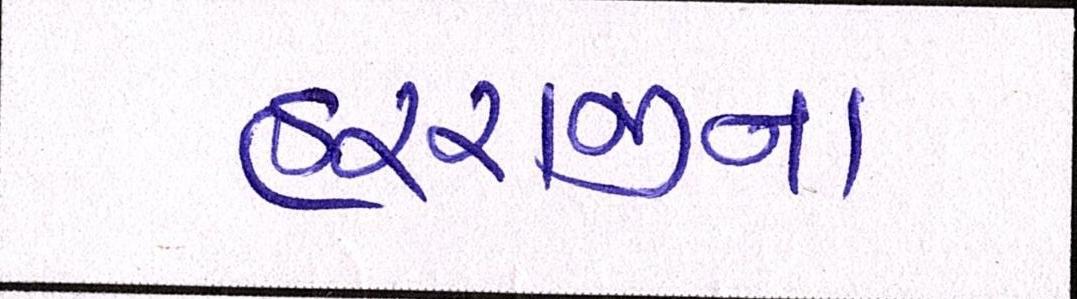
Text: હરરાજીના